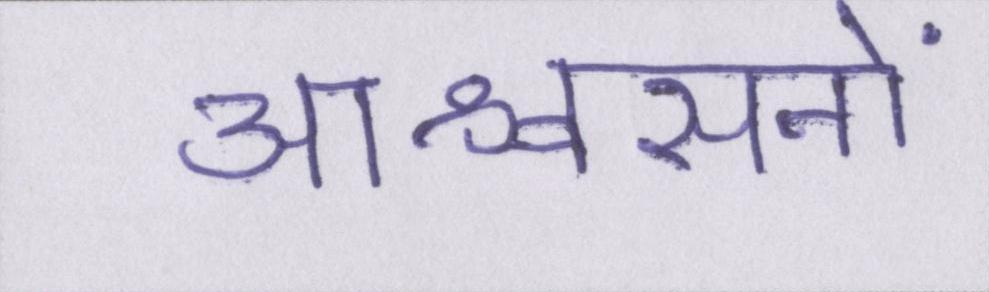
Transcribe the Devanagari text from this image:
आश्वासनों